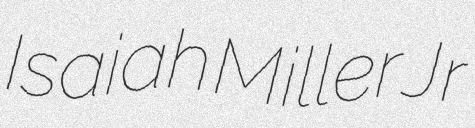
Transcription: Isaiah Miller Jr